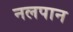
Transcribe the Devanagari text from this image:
नलपान